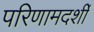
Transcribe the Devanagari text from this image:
परिणामदर्शी